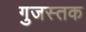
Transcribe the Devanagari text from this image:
गुजस्तक